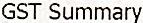
GST SUMMARY